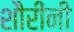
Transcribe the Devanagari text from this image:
शौरींनी